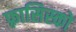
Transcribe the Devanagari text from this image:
फ़्रासिस्को